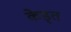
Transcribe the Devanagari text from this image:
केड्त